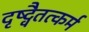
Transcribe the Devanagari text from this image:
दृष्ट्वैतत्कर्म